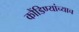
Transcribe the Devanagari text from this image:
कौंडिण्यांच्याच